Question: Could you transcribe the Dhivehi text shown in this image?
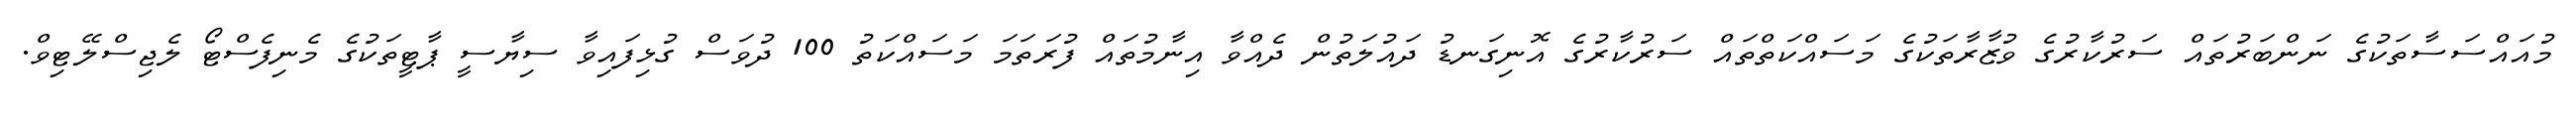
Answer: މުއައްސަސާތަކުގެ ނަންބަރުތައް ސަރުކާރުގެ ވުޒާރާތަކުގެ މަސައްކަތްތައް ސަރުކާރުގެ އޮނިގަނޑު ދައުލަތުން ދެއްވާ އިނާމުތައް ފުރަތަމަ މަސައްކަތު 100 ދުވަސް ގުޅިފައިވާ ސިޔާސީ ޕާޓީތަކުގެ މެނިފެސްޓޯ ލެޖިސްލޭޓިވް.